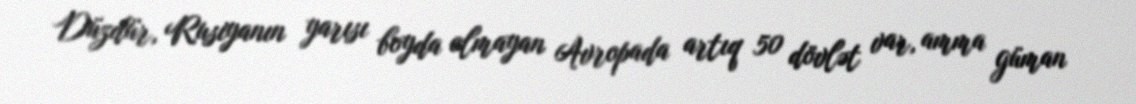
Düzdür, Rusiyanın yarısı boyda olmayan Avropada artıq 50 dövlət var, amma güman